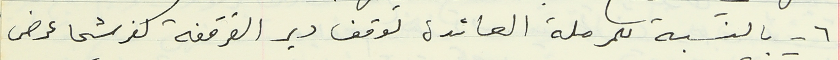
٦ - بالنسبة للمرملة العائدة لوقف دير القرقفة كفرشيما عرض